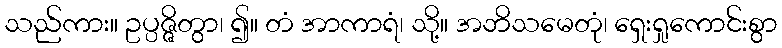
သည်ကား။ ဥပ္ပဇ္ဇိတွာ၊ ၍။ တံ အာကာရံ၊ သို့။ အဘိသမေတုံ၊ ရှေးရှုကောင်းစွာ